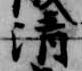
清